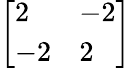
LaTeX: \left[{\begin{array}{ll}{2}&{-2}\\ {-2}&{2}\end{array}}\right]